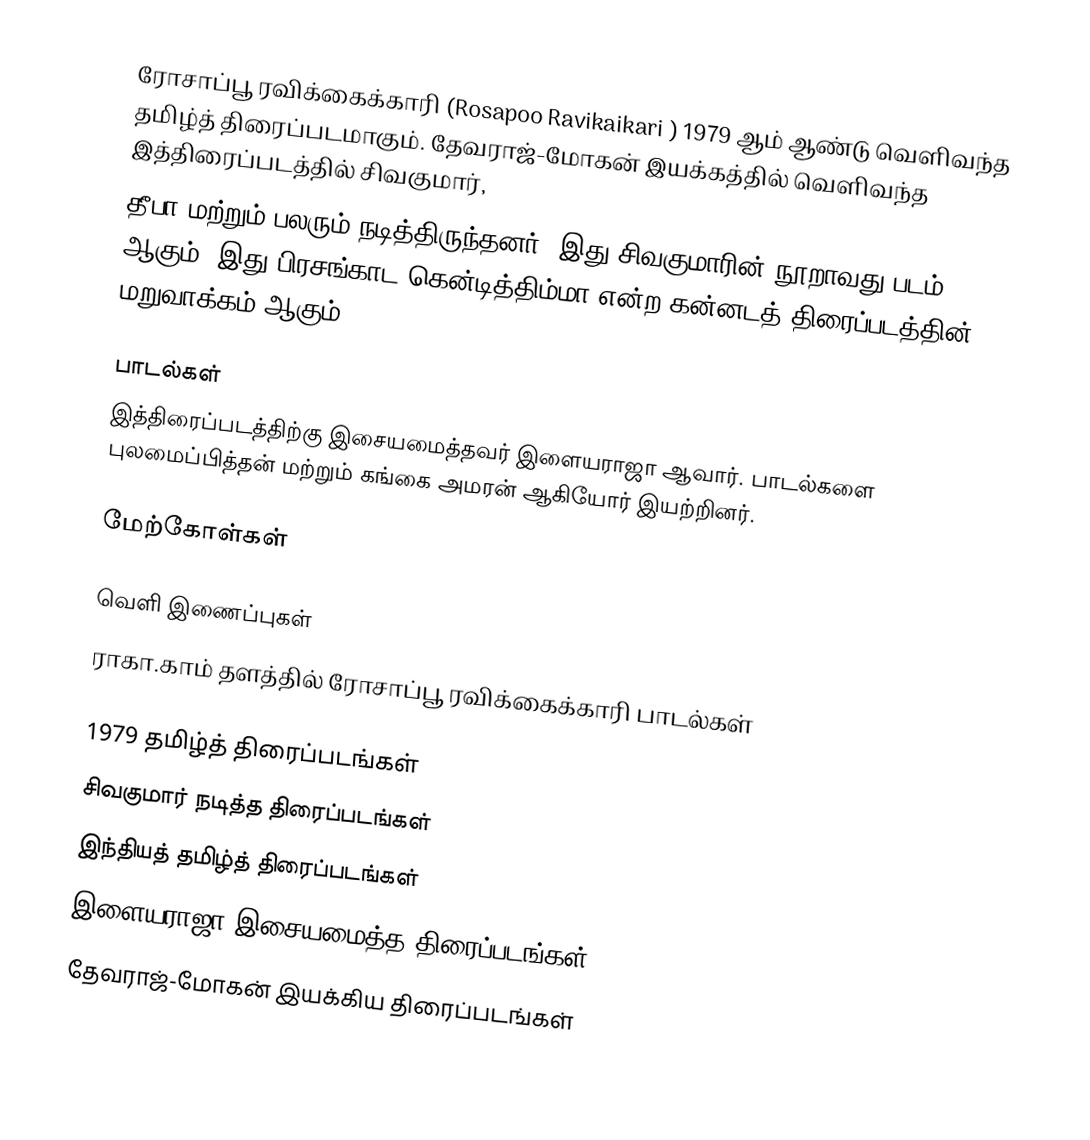
ரோசாப்பூ ரவிக்கைக்காரி (Rosapoo Ravikaikari ) 1979 ஆம் ஆண்டு வெளிவந்த தமிழ்த் திரைப்படமாகும். தேவராஜ்-மோகன் இயக்கத்தில் வெளிவந்த இத்திரைப்படத்தில் சிவகுமார்,
தீபா மற்றும் பலரும் நடித்திருந்தனர். இது சிவகுமாரின் நூறாவது படம் ஆகும். இது பிரசங்காட கென்டித்திம்மா என்ற கன்னடத் திரைப்படத்தின் மறுவாக்கம் ஆகும்.

பாடல்கள்
இத்திரைப்படத்திற்கு இசையமைத்தவர் இளையராஜா ஆவார்.  பாடல்களை புலமைப்பித்தன் மற்றும் கங்கை அமரன் ஆகியோர் இயற்றினர்.

மேற்கோள்கள்

வெளி இணைப்புகள்
 ராகா.காம் தளத்தில் ரோசாப்பூ ரவிக்கைக்காரி பாடல்கள்

1979 தமிழ்த் திரைப்படங்கள்
சிவகுமார் நடித்த திரைப்படங்கள்
இந்தியத் தமிழ்த் திரைப்படங்கள்
இளையராஜா இசையமைத்த திரைப்படங்கள்
தேவராஜ்-மோகன் இயக்கிய திரைப்படங்கள்